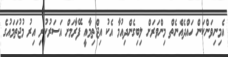
އެމިނިވަންކަން ހައްދެއްނެތް މިންވަރަށް ލިބިގެންދިއުމާ އެކު އިޖްތިމާއީ ފޭރާމަށް އަސަރުކުރި އިރު މުޖުތަމައުގެ